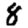
Digit: 8